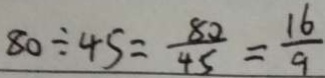
8 0 \div 4 5 = \frac { 8 0 } { 4 5 } = \frac { 1 6 } { 9 }